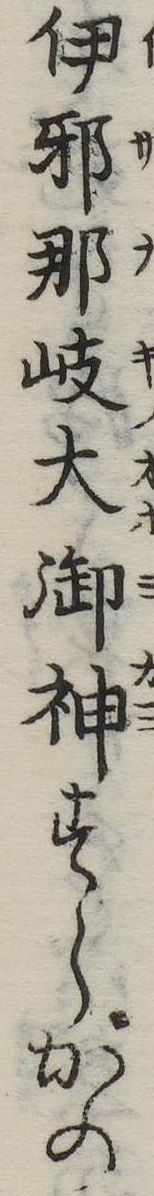
伊邪那岐大御神すらかの